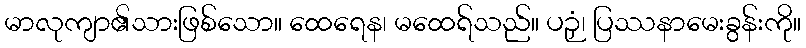
မာလုကျာ၏သားဖြစ်သော။ ထေရေန၊ မထေရ်သည်။ ပဉှံ၊ ပြဿနာမေးခွန်းကို။